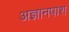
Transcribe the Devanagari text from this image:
अज्ञानपाश